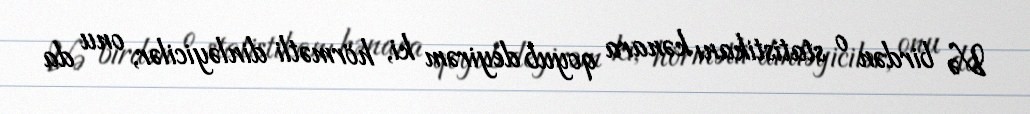
Və birdən o statistikanı kənara qoyub deyirəm ki, hörmətli dinləyicilər, onu da